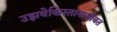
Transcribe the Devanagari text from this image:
उझबेकिस्तानासोबत